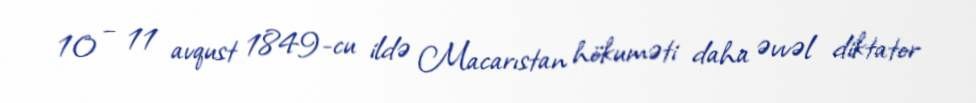
10 – 11 avqust 1849-cu ildə Macarıstan hökuməti daha əvvəl diktator